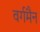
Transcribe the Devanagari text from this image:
वर्गमैन